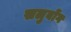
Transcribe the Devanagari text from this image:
सलुबोंग